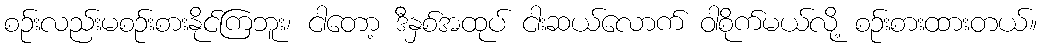
စဉ်းလည်းမစဉ်းစားနိုင်ကြဘူး၊ ငါတော့ ဒီနှစ်အထုပ် ငါးဆယ်လောက် ဝါစိုက်မယ်လို့ စဉ်းစားထားတယ်။